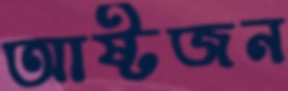
আষ্টজন